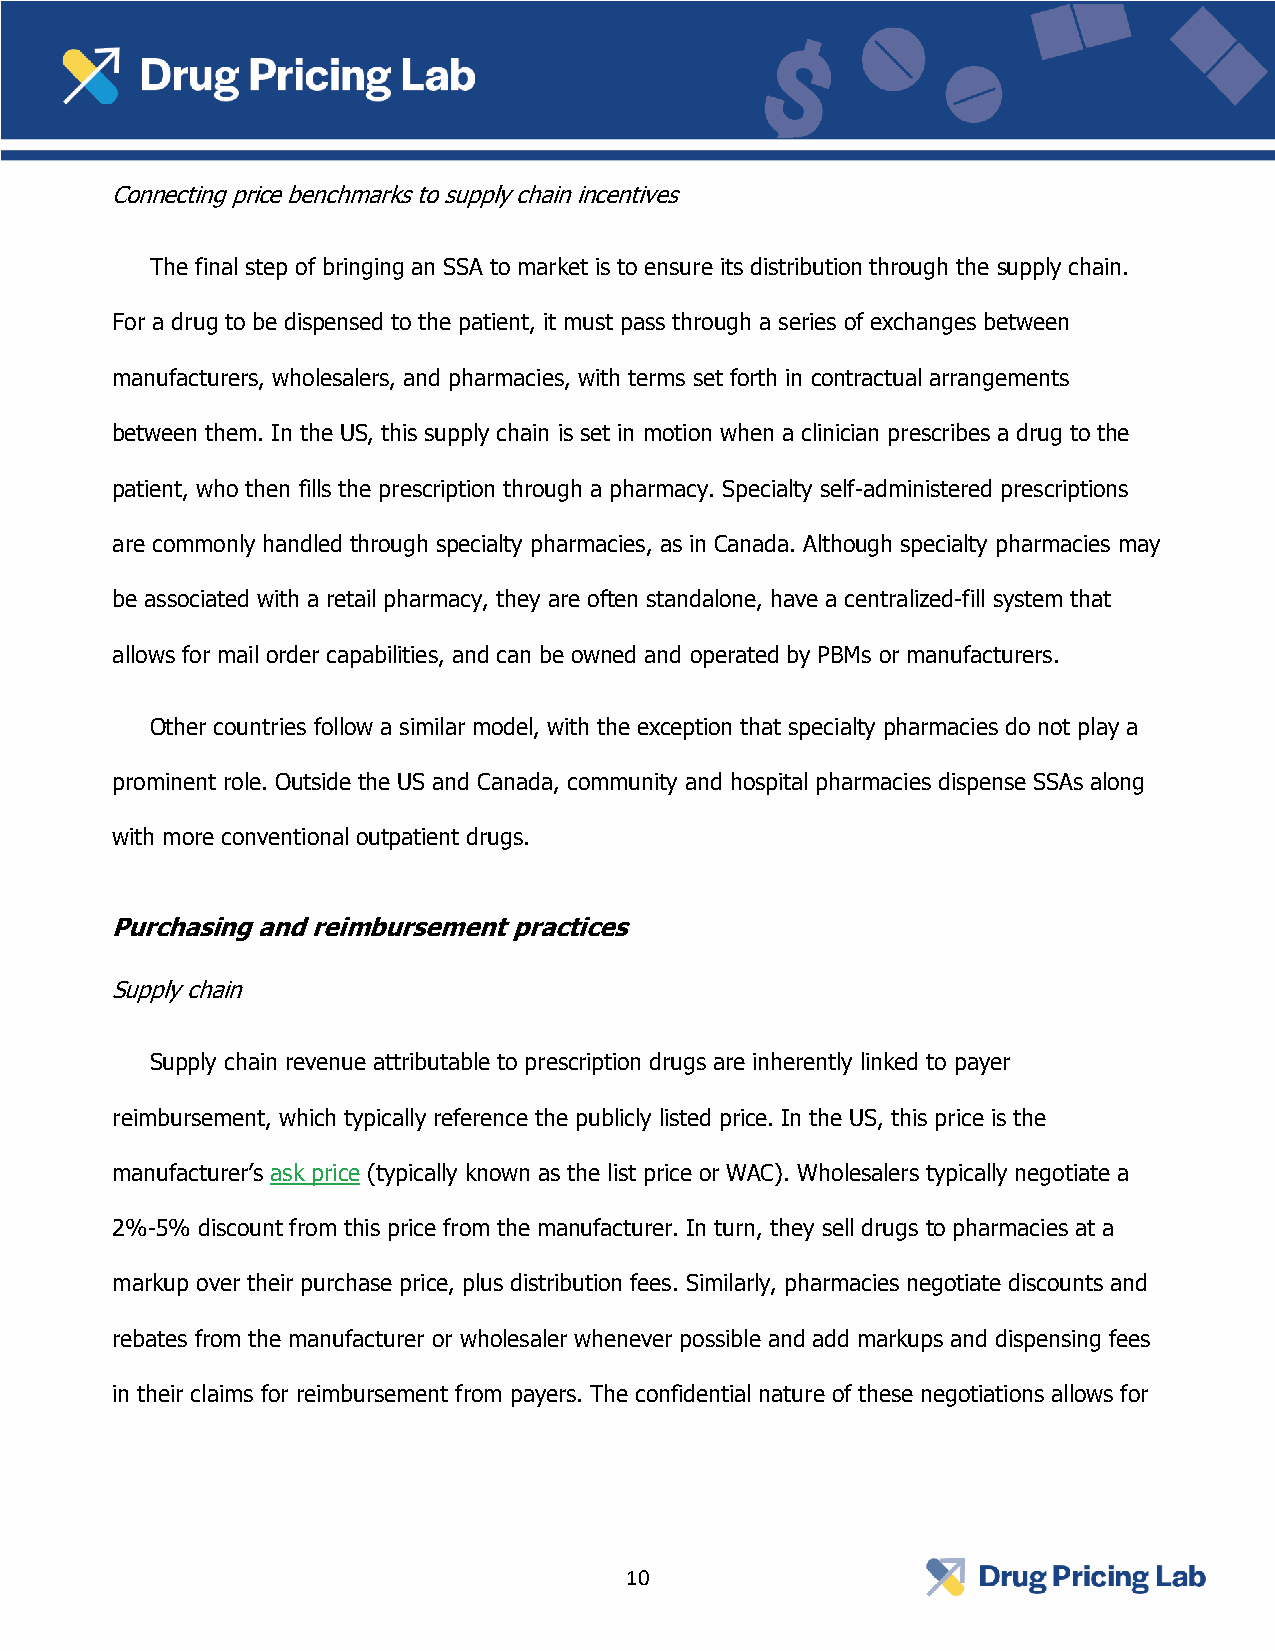
Connecting price benchmarks to supply chain incentives
 The final step of bringing an SSA to market is to ensure its distribution through the supply chain.
 For a drug to be dispensed to the patient, it must pass through a series of exchanges between
 manufacturers, wholesalers, and pharmacies, with terms set forth in contractual arrangements
 between them. In the US, this supply chain is set in motion when a clinician prescribes a drug to the
 patient, who then fills the prescription through a pharmacy. Specialty self-administered prescriptions
 are commonly handled through specialty pharmacies, as in Canada. Although specialty pharmacies may
 be associated with a retail pharmacy, they are often standalone, have a centralized-fill system that
 allows for mail order capabilities, and can be owned and operated by PBMs or manufacturers.
 Other countries follow a similar model, with the exception that specialty pharmacies do not play a
 prominent role. Outside the US and Canada, community and hospital pharmacies dispense SSAs along
 with more conventional outpatient drugs.
 Purchasing and reimbursement practices
 Supply chain
 Supply chain revenue attributable to prescription drugs are inherently linked to payer
 reimbursement, which typically reference the publicly listed price. In the US, this price is the
 manufacturer’s ask price (typically known as the list price or WAC). Wholesalers typically negotiate a
 2%-5% discount from this price from the manufacturer. In turn, they sell drugs to pharmacies at a
 markup over their purchase price, plus distribution fees. Similarly, pharmacies negotiate discounts and
 rebates from the manufacturer or wholesaler whenever possible and add markups and dispensing fees
 in their claims for reimbursement from payers. The confidential nature of these negotiations allows for
 10